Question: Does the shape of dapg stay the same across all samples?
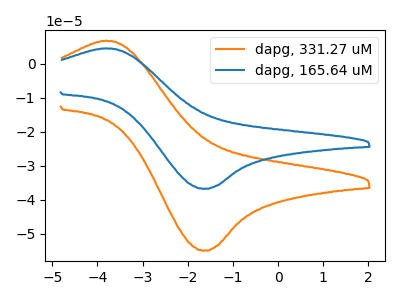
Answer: <think>The orange curve "dapg, 331.27 uM" has an anodic peak at (-3.85V, 6.75uA) and a cathodic peak at (-1.65V, -54.95uA). The blue curve "dapg, 165.64 uM" has an anodic peak at (-3.85V, 4.55uA) and a cathodic peak at (-1.65V, -36.75uA).
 All the peaks in "dapg, 331.27 uM" have a peak in "dapg, 165.64 uM" at the same potential. Every peak in "dapg, 331.27 uM" is higher than every peak in "dapg, 165.64 uM".</think>
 <answer>All the CV's of "dapg" have similar shape.</answer>
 <eval>follow_rule</eval>